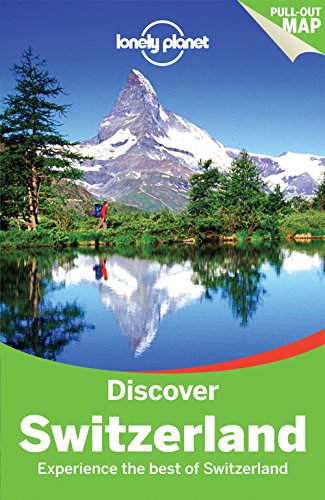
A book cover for Lonely Planet Discover Switzerland (Travel Guide); Lonely Planet; Travel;